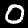
Label: 0